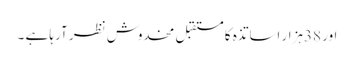
اور 38ہزار اساتذہ کا مستقبل مخدوش نظر آرہا ہے ۔